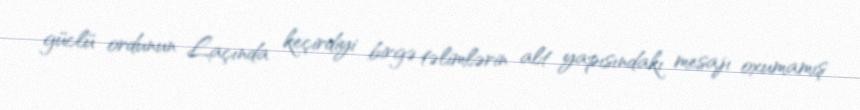
güclü ordunun Laçında keçirdiyi birgə təlimlərin alt yapısındakı mesajı oxumamış